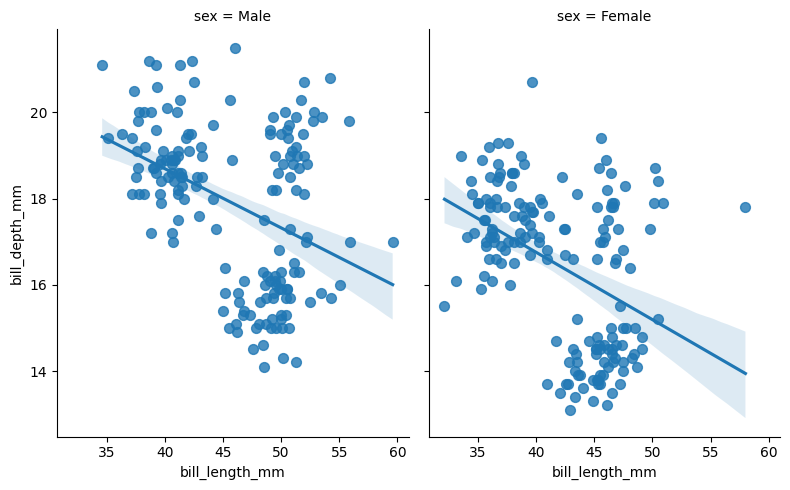
python, seaborn, lmplot, aspect=0.8, order=1, markers='o'